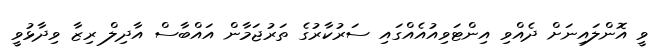
ވީ އޮންލައިނަށް ދެއްވި އިންޓަވިއުއެއްގައި ސަރުކާރުގެ ތަރުޖަމާން އައްބާސް އާދިލް ރިޒާ ވިދާޅުވީ